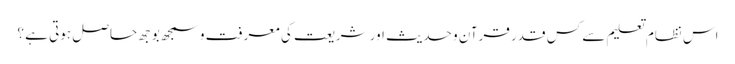
اس نظام تعلیم سے کس قدر قرآن و حدیث اور شریعت کی معرفت و سمجھ بوجھ حاصل ہوتی ہے ؟